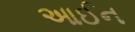
આઈન